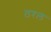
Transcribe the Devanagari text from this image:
ठरल